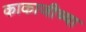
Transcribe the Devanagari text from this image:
काकाजीच्या